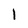
Character: l